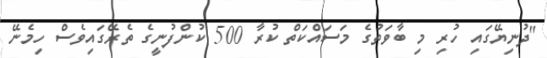
"ދުނިޔޭގައި ހުރި މި ބާވަތުގެ މަސައްކަތް ކުރާ 500 ކުންފުނީގެ ތެރޭގައިވެސް ހިމެނޭ